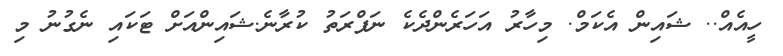
ހީއެއް.. ޝައިން އެކަމް. މިހާރު އަހަރެންދެކެ ނަފްރަތު ކުރާނެ.ޝައިންއަށް ޓަކައި ނެގުނު މި